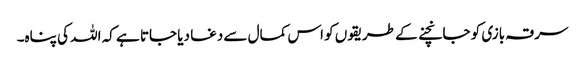
سرقہ بازی کو جانچنے کے طریقوں کو اس کمال سے دغا دیا جاتا ہے کہ اللہ کی پناہ۔